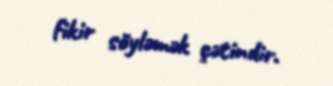
fikir söyləmək çətindir.